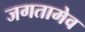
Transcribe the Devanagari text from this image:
जगतामेव